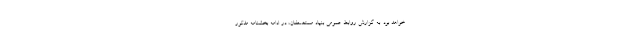
خواهد بود. به گزارش روابط عمومی بنیاد مستضعفان، در ادامه بخشنامه مذکور